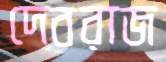
দেবরাজ